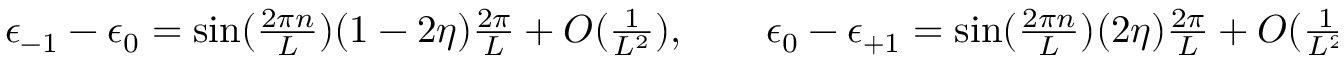
\begin{array} { r } { \epsilon _ { - 1 } - \epsilon _ { 0 } = \sin ( \frac { 2 \pi n } { L } ) ( 1 - 2 \eta ) \frac { 2 \pi } { L } + O ( \frac { 1 } { L ^ { 2 } } ) , \qquad \epsilon _ { 0 } - \epsilon _ { + 1 } = \sin ( \frac { 2 \pi n } { L } ) ( 2 \eta ) \frac { 2 \pi } { L } + O ( \frac { 1 } { L ^ { 2 } } ) , } \end{array}